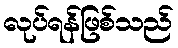
လုပ်ရန်ဖြစ်သည်